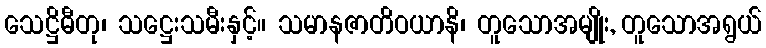
သေဋ္ဌိဓီတု၊ သဋ္ဌေးသမီးနှင့်။ သမာနဇာတိဝယာနိ၊ တူသောအမျိုး, တူသောအရွယ်